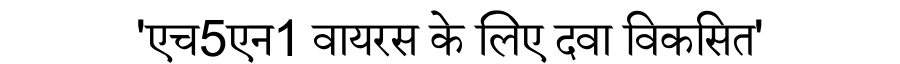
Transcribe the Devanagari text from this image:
'एच5एन1 वायरस के लिए दवा विकसित'